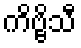
ကိဗ္ဗိသီ